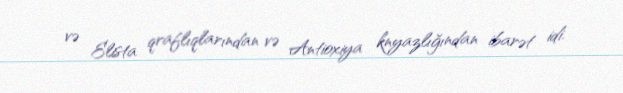
və Elista qraflıqlarından və Antioxiya knyazlığından ibarət idi.